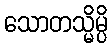
သောတသ္မိမ္ပိ